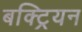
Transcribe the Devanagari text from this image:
बक्ट्रियन